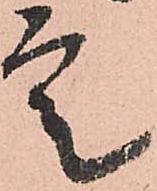
定